Plague in India, 1896, 1897 - Volume 3
Year: 1896
Disease focus: Plague
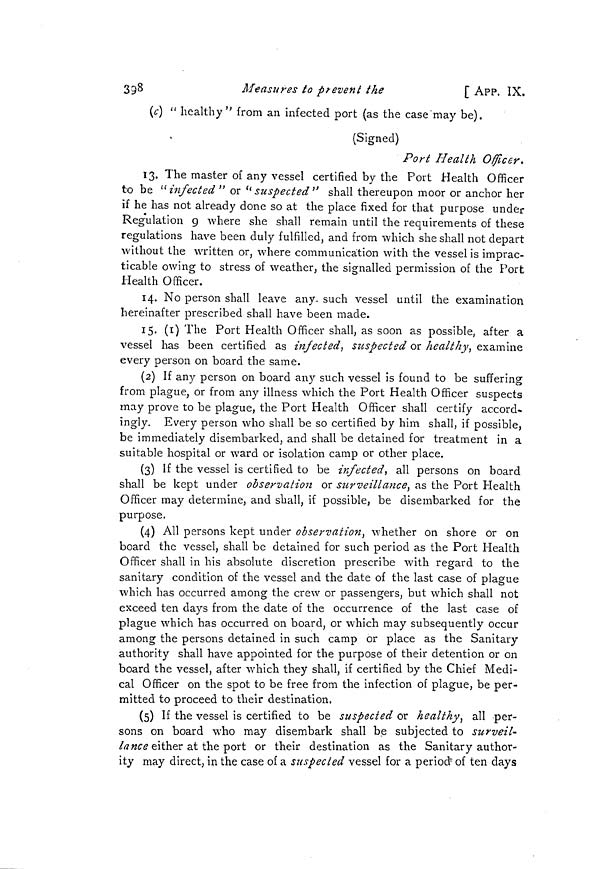
398
Measures to prevent the
[ APP. IX.
(c) " healthy" from an infected port (as the case'may be).
(Signed)
Port Health Officer.
13. The master of any vessel certified by the Port Health Officer
to be "infected" or "suspected" shall thereupon moor or anchor her
if he has not already done so at the place fixed for that purpose under
Regulation 9 where she shall remain until the requirements of these
regulations have been duly fulfilled, and from which she shall not depart
without the written or, where communication with the vessel is imprac-
ticable owing to stress of weather, the signalled permission of the Port
Health Officer.
14. No person shall leave any- such vessel until the examination
hereinafter prescribed shall have been made.
15. (1) The Port Health Officer shall, as soon as possible, after a
vessel has been certified as infected, suspected or healthy, examine
every person on board the same.
(2) If any person on board any such vessel is found to be suffering
from plague, or from any illness which the Port Health Officer suspects
may prove to be plague, the Port Health Officer shall certify accord-
ingly. Every person who shall be so certified by him shall, if possible,
be immediately disembarked, and shall be detained for treatment in a
suitable hospital or ward or isolation camp or other place.
(3) If the vessel is certified to be infected, all persons on board
shall be kept under observation or surveillance, as the Port Health
Officer may determine, and shall, if possible, be disembarked for the
purpose.
(4) All persons kept under observation, whether on shore or on
board the vessel, shall be detained for such period as the Port Health
Officer shall in his absolute discretion prescribe with regard to the
sanitary condition of the vessel and the date of the last case of plague
which has occurred among the crew or passengers, but which shall not
exceed ten days from the date of the occurrence of the last case of
plague which has occurred on board, or which may subsequently occur
among the persons detained in such camp or place as the Sanitary
authority shall have appointed for the purpose of their detention or on
board the vessel, after which they shall, if certified by the Chief Medi-
cal Officer on the spot to be free from the infection of plague, be per-
mitted to proceed to their destination.
(5) If the vessel is certified to be suspected or healthy, all per-
sons on board who may disembark shall be subjected to surveil-
lance either at the port or their destination as the Sanitary author-
ity may direct, in the case of a suspected vessel for a period- of ten days